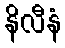
နိလီနံ